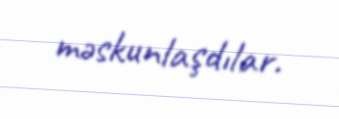
məskunlaşdılar.